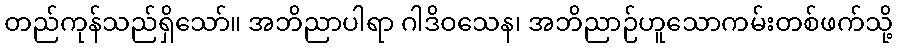
တည်ကုန်သည်ရှိသော်။ အဘိညာပါရာ ဂါဒိဝသေန၊ အဘိညာဉ်ဟူသောကမ်းတစ်ဖက်သို့